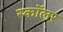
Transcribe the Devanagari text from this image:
स्‍कॉलर